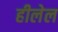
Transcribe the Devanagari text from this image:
हीलेल